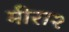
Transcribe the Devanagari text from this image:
मीरा२